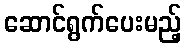
ဆောင်ရွက်ပေးမည့်